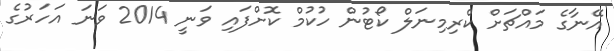
އޭނާގެ މައްޗަށް ކްރިމިނަލް ކޯޓުން ހުކުމް ކޮށްފައި ވަނީ 2014 ވަނަ އަހަރުގެ